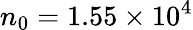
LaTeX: n_{0}=1.55\times 10^{4}